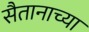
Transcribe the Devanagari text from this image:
सैतानाच्या